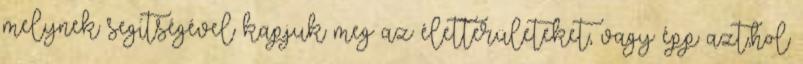
melynek segítségével kapjuk meg az életterületeket, vagy épp azt,hol